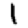
Digit: 1